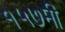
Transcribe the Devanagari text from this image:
१५७मी